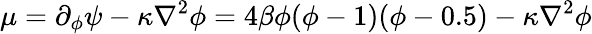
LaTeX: \mu=\partial_{\phi}\psi-\kappa\nabla^{2}\phi=4\beta\phi(\phi-1)(\phi-0.5)-\kappa\nabla^{2}\phi